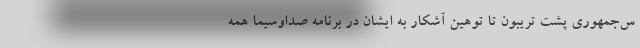
س‌جمهوری پشت تریبون تا توهین آشکار به ایشان در برنامه صداوسیما همه